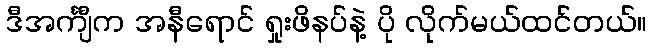
ဒီအင်္ကျီက အနီရောင် ရှုးဖိနပ်နဲ့ ပို လိုက်မယ်ထင်တယ်။